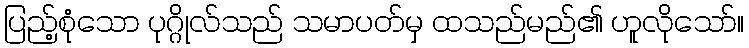
ပြည့်စုံသော ပုဂ္ဂိုလ်သည် သမာပတ်မှ ထသည်မည်၏ ဟူလိုသော်။